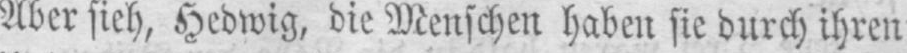
Aber sieh, Hedwig, die Menschen haben sie durch ihren